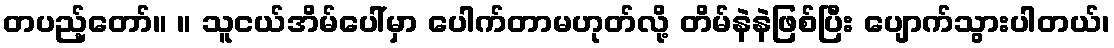
တပည့်တော်။ ။ သူငယ်အိမ်ပေါ်မှာ ပေါက်တာမဟုတ်လို့ တိမ်နဲနဲဖြစ်ပြီး ပျောက်သွားပါတယ်၊